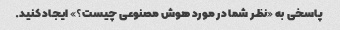
پاسخی به «نظر شما در مورد هوش مصنوعی چیست؟» ایجاد کنید.